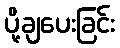
ပို့ချပေးခြင်း